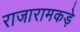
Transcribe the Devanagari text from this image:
राजारामकड़े